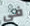
فى